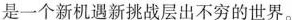
是一个新机遇新挑战层出不穷的世界。